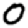
Digit: 0